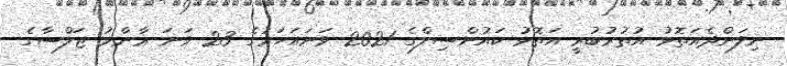
ނިލަންދެއަތޮޅު އުތުރުބުރީ އަތޮޅު ކައުންސިލްގެ 2021 ވަނައަހަރުގެ 23 ވަނަ ޢާންމު ޖަލްސާގެ